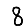
Digit: 8